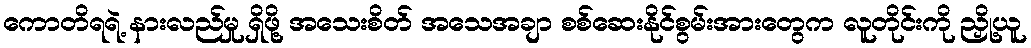
ကောတိရရဲ့ နားလည်မှု ရှိဖို့ အသေးစိတ် အသေအချာ စစ်ဆေးနိုင်စွမ်းအားတွေက လူတိုင်းကို ညှို့ယူ